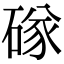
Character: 䃍